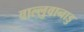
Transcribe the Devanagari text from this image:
वाल्लुवानाडु